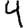
Digit: 4